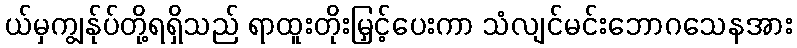
ယ်မှကျွန်ုပ်တို့ရရှိသည် ရာထူးတိုးမြှင့်ပေးကာ သံလျင်မင်းဘောဂသေနအား